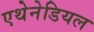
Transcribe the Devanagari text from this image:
एथेनेडियल